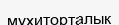
мұхиторталық